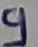
Text: 9